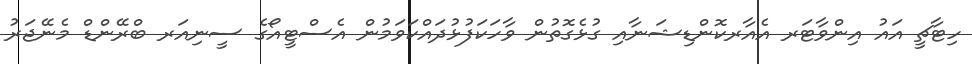
ހިޓާޗީ އައު އިންވާޓަރ އެއާރކޮންޑިޝަނާއި ގުޅެގޮތުން ވާހަކަފުޅުދައްކަވަމުން އެސްޓީއޯގެ ސީނިއަރ ބްރޭންޑް މެނޭޖަރު